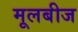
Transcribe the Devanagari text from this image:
मूलबीज